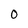
Character: O